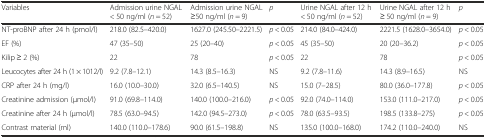
<table><thead><tr><td><b>Variables</b></td><td><b>Admission urine NGAL &lt; 50 ng/ml (<i>n</i> = 52)</b></td><td><b>Admission urine NGAL ≥50 ng/ml (<i>n</i> = 9)</b></td><td><b><i>p</i></b></td><td><b>Urine NGAL after 12 h &lt; 50 ng/ml (<i>n</i> = 52)</b></td><td><b>Urine NGAL after 12 h ≥ 50 ng/ml (<i>n</i> = 9)</b></td><td><b><i>p</i></b></td></tr></thead><tbody><tr><td>NT-proBNP after 24 h (pmol/l)</td><td>218.0 (82.5–420.0)</td><td>1627.0 (245.50–2221.5)</td><td><i>p</i> &lt; 0.05</td><td>214.0 (84.0–424.0)</td><td>2221.5 (1628.0–3654.0)</td><td><i>p</i> &lt; 0.05</td></tr><tr><td>EF (%)</td><td>47 (35–50)</td><td>25 (20–40)</td><td><i>p</i> &lt; 0.05</td><td>45 (35–50)</td><td>20 (20–36.2)</td><td><i>p</i> &lt; 0.05</td></tr><tr><td>Kilip ≥ 2 (%)</td><td>22</td><td>78</td><td><i>p</i> &lt; 0.05</td><td>22</td><td>78</td><td><i>p</i> &lt; 0.05</td></tr><tr><td>Leucocytes after 24 h (1 × 1012/l)</td><td>9.2 (7.8–12.1)</td><td>14.3 (8.5–16.3)</td><td>NS</td><td>9.2 (7.8–11.6)</td><td>14.3 (8.9–16.5)</td><td>NS</td></tr><tr><td>CRP after 24 h (mg/l)</td><td>16.0 (10.0–30.0)</td><td>32.0 (6.5–140.5)</td><td>NS</td><td>15.0 (7–28.5)</td><td>80.0 (36.0–177.8)</td><td><i>p</i> &lt; 0.05</td></tr><tr><td>Creatinine admission (μmol/l)</td><td>91.0 (69.8–114.0)</td><td>140.0 (100.0–216.0)</td><td><i>p</i> &lt; 0.05</td><td>92.0 (74.0–114.0)</td><td>153.0 (111.0–217.0)</td><td><i>p</i> &lt; 0.05</td></tr><tr><td>Creatinine after 24 h (μmol/l)</td><td>78.5 (63.0–94.5)</td><td>142.0 (94.5–273.0)</td><td><i>p</i> &lt; 0.05</td><td>78.0 (63.5–93.5)</td><td>198.5 (133.8–275)</td><td><i>p</i> &lt; 0.05</td></tr><tr><td>Contrast material (ml)</td><td>140.0 (110.0–178.6)</td><td>90.0 (61.5–198.8)</td><td>NS</td><td>135.0 (100.0–168.0)</td><td>174.2 (110.0–240.0)</td><td>NS</td></tr></tbody></table>